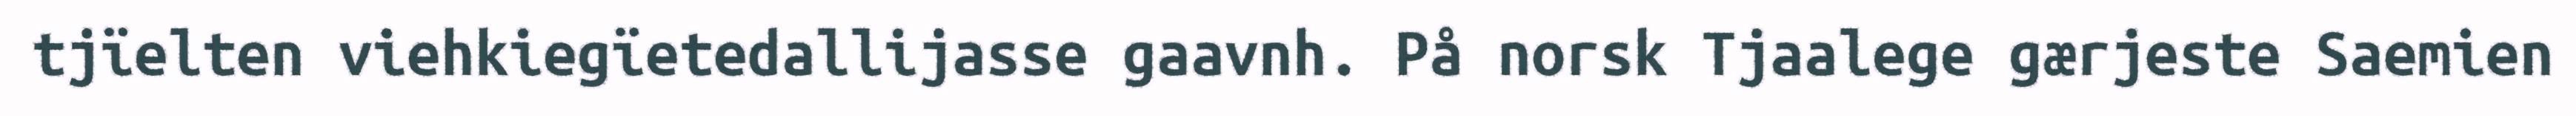
tjïelten viehkiegïetedallijasse gaavnh. På norsk Tjaalege gærjeste Saemien